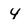
Character: 4